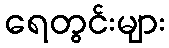
ရေတွင်းများ